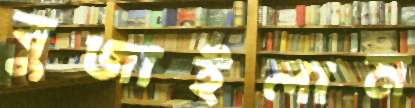
বুজাইলাম